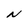
Character: N